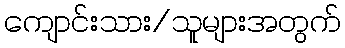
ကျောင်းသား/သူများအတွက်